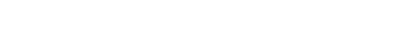
ဒါတောင် ကျွန်မမှာ ဒီလိုလာဖြစ်နေတယ် လို့ ရာ့ချ်က ပြောပါတယ်။